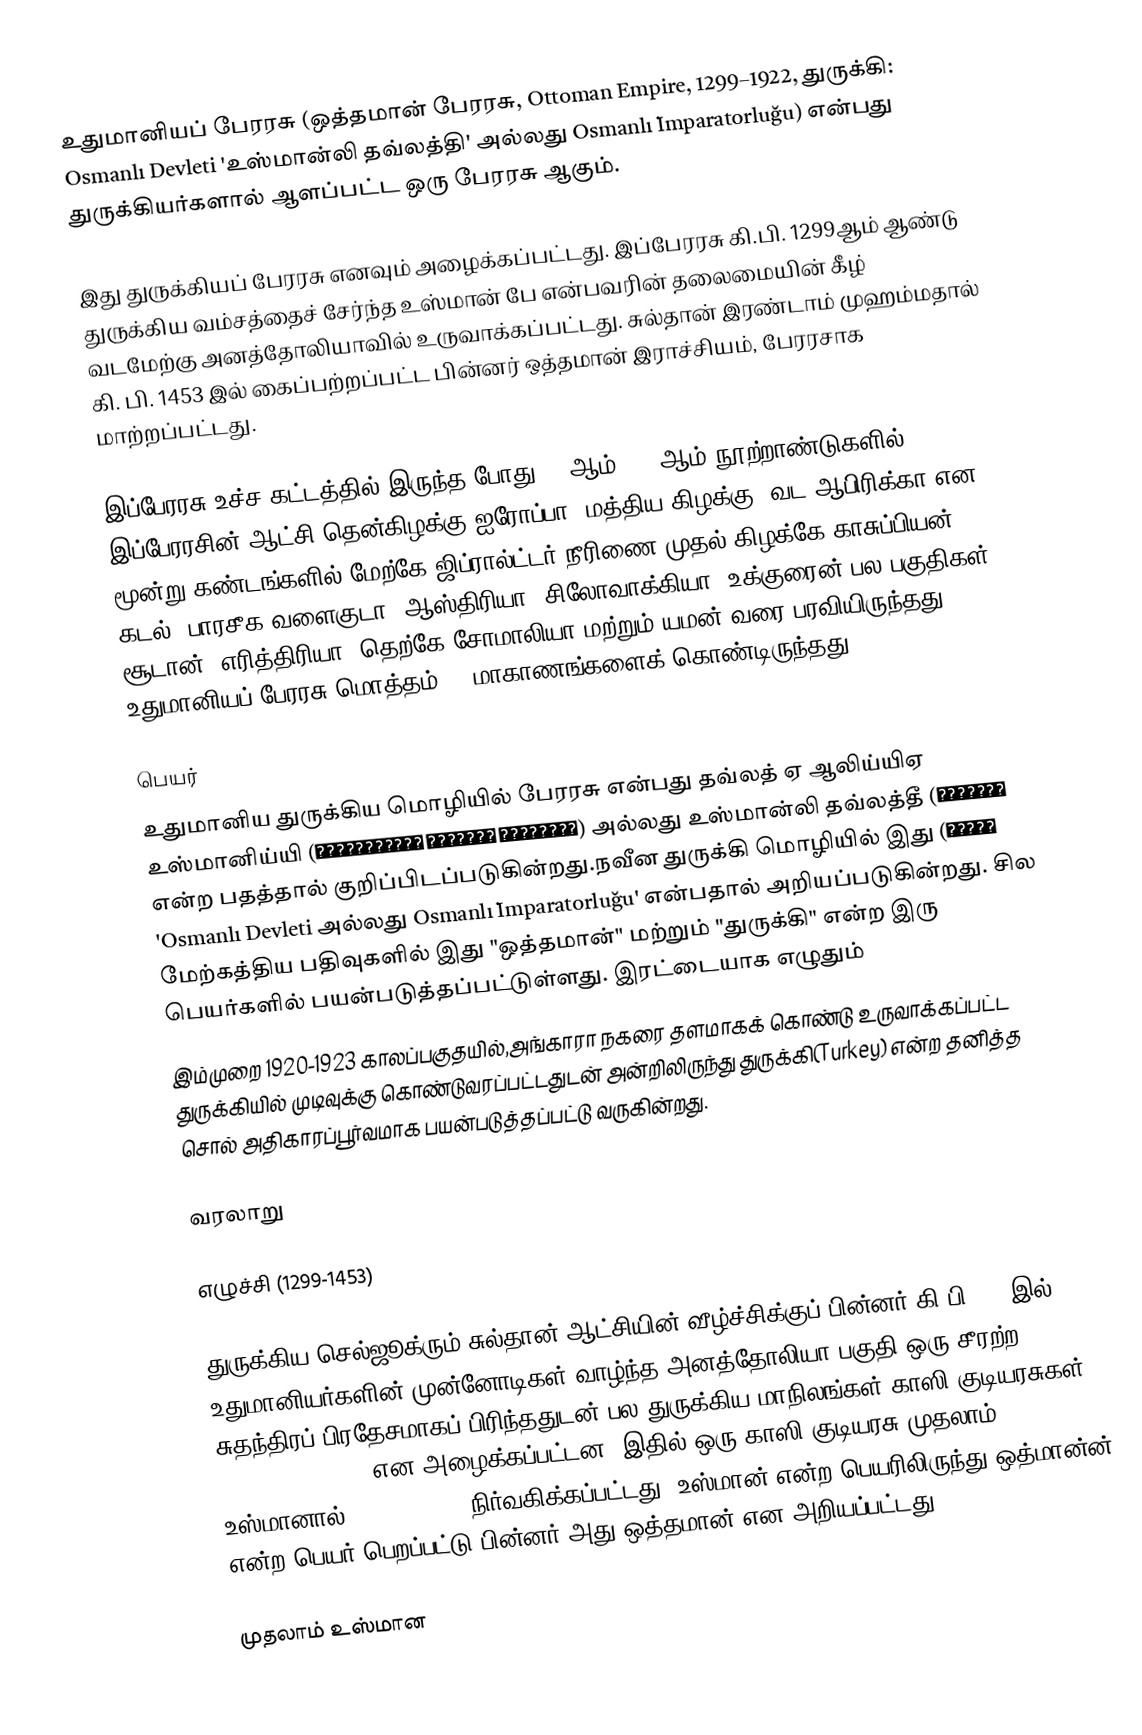
உதுமானியப் பேரரசு (ஒத்தமான் பேரரசு, Ottoman Empire, 1299–1922, துருக்கி: Osmanlı Devleti 'உஸ்மான்லி தவ்லத்தி' அல்லது Osmanlı İmparatorluğu) என்பது துருக்கியர்களால் ஆளப்பட்ட ஒரு பேரரசு ஆகும்.

இது துருக்கியப் பேரரசு எனவும் அழைக்கப்பட்டது. இப்பேரரசு கி.பி. 1299ஆம் ஆண்டு துருக்கிய வம்சத்தைச் சேர்ந்த உஸ்மான் பே என்பவரின் தலைமையின் கீழ் வடமேற்கு அனத்தோலியாவில் உருவாக்கப்பட்டது. சுல்தான் இரண்டாம் முஹம்மதால் கி. பி. 1453 இல் கைப்பற்றப்பட்ட பின்னர் ஒத்தமான் இராச்சியம், பேரரசாக மாற்றப்பட்டது.

இப்பேரரசு உச்ச கட்டத்தில் இருந்த போது (16ஆம் – 17ஆம் நூற்றாண்டுகளில்) இப்பேரரசின் ஆட்சி தென்கிழக்கு ஐரோப்பா, மத்திய கிழக்கு, வட ஆபிரிக்கா என மூன்று கண்டங்களில் மேற்கே ஜிப்ரால்ட்டர் நீரிணை முதல் கிழக்கே காசுப்பியன் கடல், பாரசீக வளைகுடா, ஆஸ்திரியா, சிலோவாக்கியா, உக்குரைன் பல பகுதிகள், சூடான், எரித்திரியா, தெற்கே சோமாலியா மற்றும் யமன் வரை பரவியிருந்தது. உதுமானியப் பேரரசு மொத்தம் 29 மாகாணங்களைக் கொண்டிருந்தது.

பெயர்
உதுமானிய துருக்கிய மொழியில் பேரரசு என்பது தவ்லத் ஏ ஆலிய்யிஏ உஸ்மானிய்யி (دَوْلَتِ عَلِيّه عُثمَانِیّه) அல்லது உஸ்மான்லி தவ்லத்தீ (عثمانلى دولتى) என்ற பதத்தால் குறிப்பிடப்படுகின்றது.நவீன துருக்கி மொழியில் இது 'Osmanlı Devleti அல்லது Osmanlı İmparatorluğu' என்பதால் அறியப்படுகின்றது. சில மேற்கத்திய பதிவுகளில் இது "ஒத்தமான்" மற்றும் "துருக்கி" என்ற இரு பெயர்களில் பயன்படுத்தப்பட்டுள்ளது. இரட்டையாக எழுதும்
இம்முறை 1920-1923 காலப்பகுதயில்,அங்காரா நகரை தளமாகக் கொண்டு உருவாக்கப்பட்ட துருக்கியில் முடிவுக்கு கொண்டுவரப்பட்டதுடன் அன்றிலிருந்து துருக்கி(Turkey) என்ற தனித்த சொல் அதிகாரப்பூர்வமாக பயன்படுத்தப்பட்டு வருகின்றது.

வரலாறு

எழுச்சி (1299-1453)

துருக்கிய செல்ஜூக்ரும் சுல்தான் ஆட்சியின் வீழ்ச்சிக்குப் பின்னர் கி.பி.1300இல் உதுமானியர்களின் முன்னோடிகள் வாழ்ந்த அனத்தோலியா பகுதி ஒரு சீரற்ற சுதந்திரப் பிரதேசமாகப் பிரிந்ததுடன் பல துருக்கிய மாநிலங்கள் காஸி குடியரசுகள் (Ghazi Emirates) என அழைக்கப்பட்டன. இதில் ஒரு காஸி குடியரசு முதலாம் உஸ்மானால் (1258 –1326)  நிர்வகிக்கப்பட்டது. உஸ்மான் என்ற பெயரிலிருந்து ஒத்மான்ன் என்ற பெயர் பெறப்பட்டு பின்னர் அது ஒத்தமான் என அறியப்பட்டது.

முதலாம் உஸ்மான